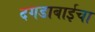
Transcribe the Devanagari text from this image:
दगडाबाईचा